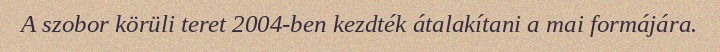
A szobor körüli teret 2004-ben kezdték átalakítani a mai formájára.